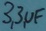
Text: 3,3µF